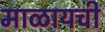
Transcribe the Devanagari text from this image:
माळायची